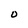
Character: o